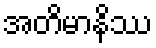
အတိမာနိဿ